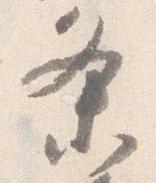
条